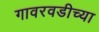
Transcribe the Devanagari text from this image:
गावरवडीच्या